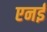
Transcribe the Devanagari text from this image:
एनई